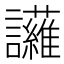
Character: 𮙈